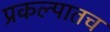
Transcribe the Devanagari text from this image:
प्रकल्पातच